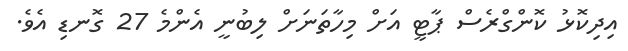
އިދިކޮޅު ކޮންގްރެސް ޕާޓީ އަށް މިހާތަނަށް ލިބުނީ އެންމެ 27 ގޮނޑި އެވެ.